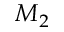
M _ { 2 }